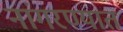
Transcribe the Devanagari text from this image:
नांगरण्यात